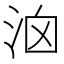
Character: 𣳦